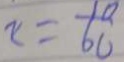
x = \frac { 1 0 } { 6 0 }